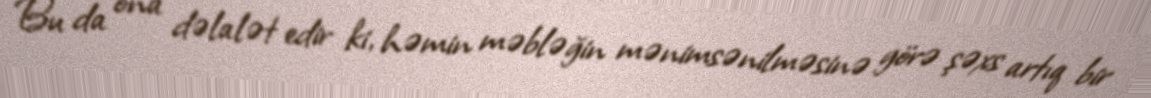
Bu da ona dəlalət edir ki, həmin məbləğin mənimsənilməsinə görə şəxs artıq bir